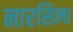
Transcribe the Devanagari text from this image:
नारसिन्घ